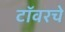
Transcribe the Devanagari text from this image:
टॉवरचे